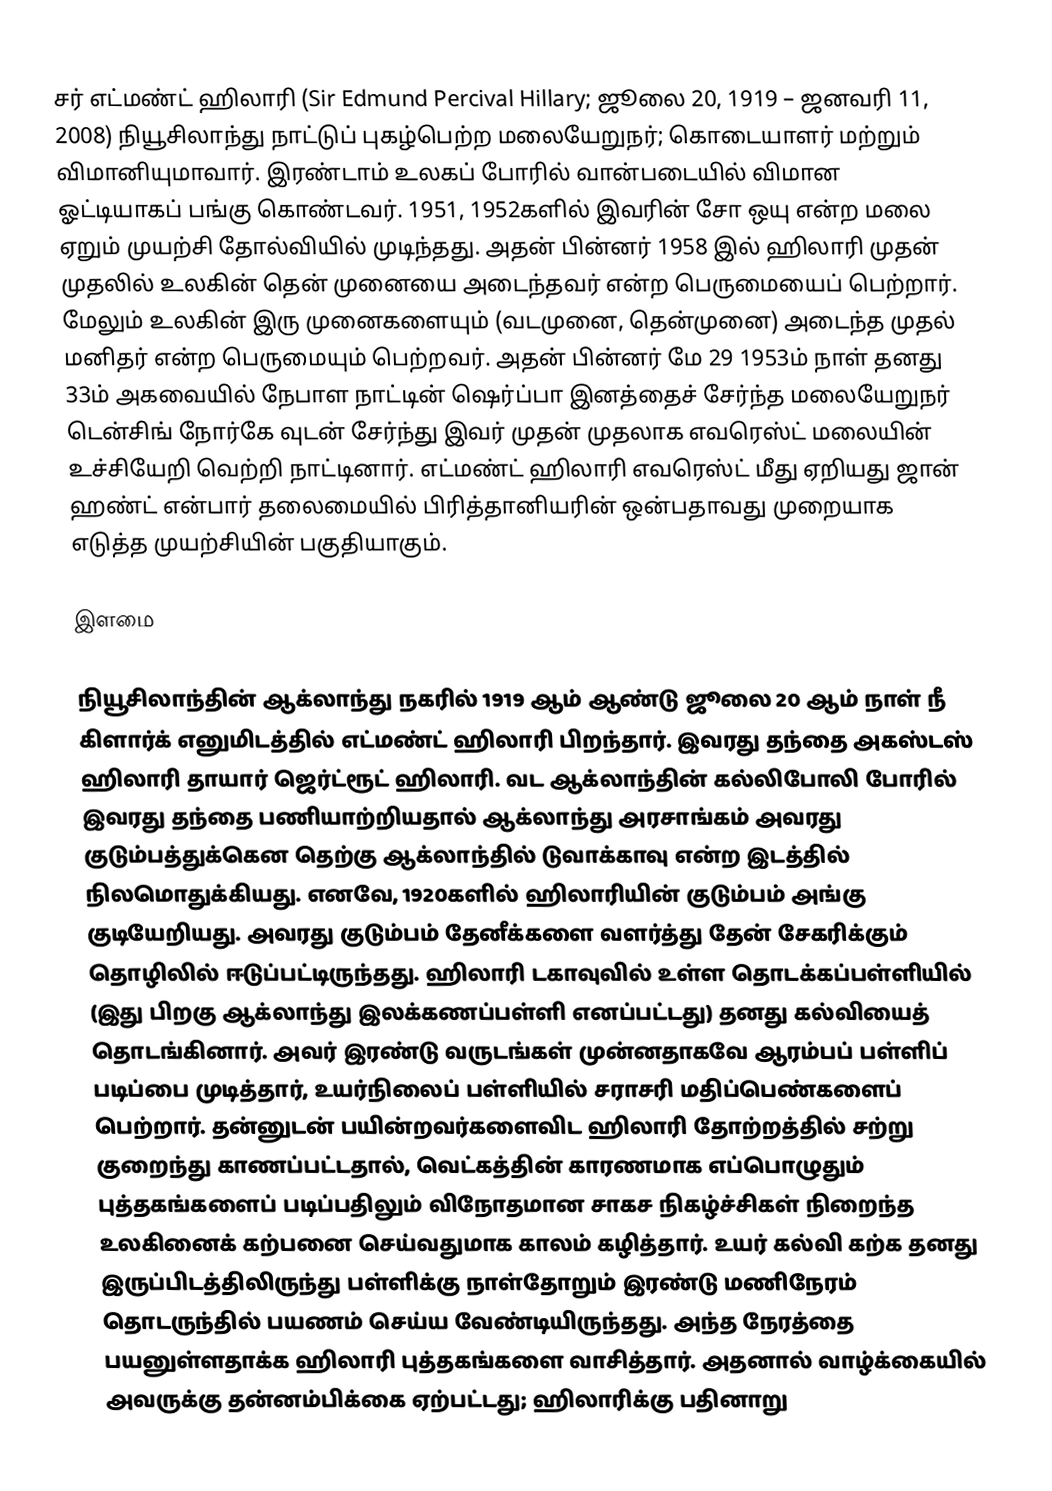
சர் எட்மண்ட் ஹிலாரி (Sir Edmund Percival Hillary; ஜூலை 20, 1919 – ஜனவரி 11, 2008) நியூசிலாந்து நாட்டுப் புகழ்பெற்ற மலையேறுநர்; கொடையாளர் மற்றும் விமானியுமாவார். இரண்டாம் உலகப் போரில் வான்படையில் விமான ஓட்டியாகப் பங்கு கொண்டவர். 1951, 1952களில் இவரின் சோ ஒயு என்ற மலை ஏறும் முயற்சி தோல்வியில் முடிந்தது.  அதன் பின்னர் 1958 இல் ஹிலாரி முதன் முதலில் உலகின் தென் முனையை அடைந்தவர் என்ற பெருமையைப் பெற்றார். மேலும் உலகின் இரு முனைகளையும் (வடமுனை, தென்முனை) அடைந்த முதல் மனிதர் என்ற பெருமையும் பெற்றவர். அதன் பின்னர் மே 29 1953ம் நாள் தனது 33ம் அகவையில் நேபாள நாட்டின் ஷெர்ப்பா இனத்தைச் சேர்ந்த மலையேறுநர் டென்சிங் நோர்கே வுடன் சேர்ந்து இவர் முதன் முதலாக எவரெஸ்ட் மலையின் உச்சியேறி வெற்றி நாட்டினார். எட்மண்ட் ஹிலாரி எவரெஸ்ட் மீது ஏறியது ஜான் ஹண்ட் என்பார் தலைமையில் பிரித்தானியரின் ஒன்பதாவது முறையாக எடுத்த முயற்சியின் பகுதியாகும்.

இளமை

நியூசிலாந்தின் ஆக்லாந்து நகரில் 1919 ஆம் ஆண்டு ஜூலை 20 ஆம் நாள் நீ கிளார்க் எனுமிடத்தில் எட்மண்ட் ஹிலாரி பிறந்தார். இவரது தந்தை அகஸ்டஸ் ஹிலாரி தாயார் ஜெர்ட்ரூட் ஹிலாரி. வட ஆக்லாந்தின் கல்லிபோலி போரில் இவரது தந்தை பணியாற்றியதால் ஆக்லாந்து அரசாங்கம் அவரது குடும்பத்துக்கென தெற்கு ஆக்லாந்தில் டுவாக்காவு என்ற இடத்தில் நிலமொதுக்கியது.  எனவே, 1920களில் ஹிலாரியின் குடும்பம் அங்கு குடியேறியது. அவரது குடும்பம் தேனீக்களை வளர்த்து தேன் சேகரிக்கும் தொழிலில் ஈடுப்பட்டிருந்தது. ஹிலாரி டகாவுவில் உள்ள தொடக்கப்பள்ளியில் (இது பிறகு ஆக்லாந்து இலக்கணப்பள்ளி எனப்பட்டது)  தனது கல்வியைத் தொடங்கினார். அவர் இரண்டு வருடங்கள் முன்னதாகவே ஆரம்பப் பள்ளிப் படிப்பை முடித்தார், உயர்நிலைப் பள்ளியில் சராசரி மதிப்பெண்களைப் பெற்றார். தன்னுடன் பயின்றவர்களைவிட ஹிலாரி தோற்றத்தில் சற்று குறைந்து காணப்பட்டதால், வெட்கத்தின் காரணமாக எப்பொழுதும் புத்தகங்களைப் படிப்பதிலும் விநோதமான சாகச நிகழ்ச்சிகள் நிறைந்த உலகினைக் கற்பனை செய்வதுமாக காலம் கழித்தார். உயர் கல்வி கற்க தனது இருப்பிடத்திலிருந்து பள்ளிக்கு நாள்தோறும் இரண்டு மணிநேரம் தொடருந்தில் பயணம் செய்ய வேண்டியிருந்தது. அந்த நேரத்தை பயனுள்ளதாக்க ஹிலாரி புத்தகங்களை வாசித்தார். அதனால் வாழ்க்கையில் அவருக்கு தன்னம்பிக்கை ஏற்பட்டது; ஹிலாரிக்கு பதினாறு